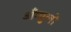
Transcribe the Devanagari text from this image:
अँग्युलो